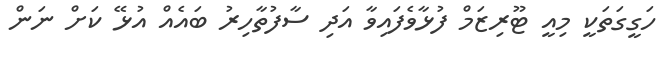
ހަގީގަތަކީ މިއީ ޓޫރިޒަމް ފުޅާވެފައިވާ އަދި ސާފުތާހިރު ބައެއް އުޅޭ ކަަށް ނަން